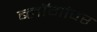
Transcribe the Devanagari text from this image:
ब्लॉगांवर